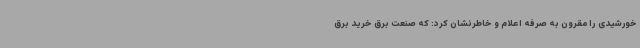
خورشیدی را مقرون به صرفه اعلام و خاطرنشان کرد: که صنعت برق خرید برق